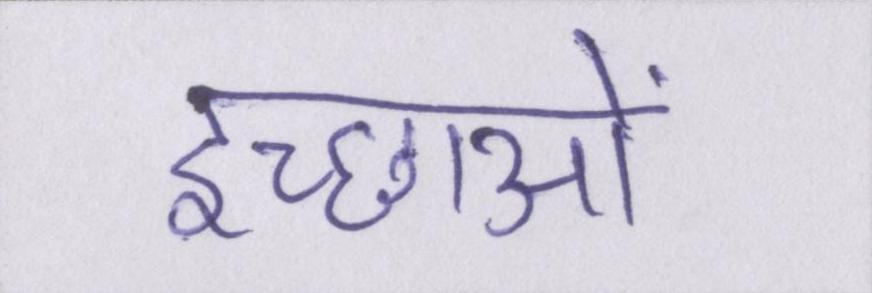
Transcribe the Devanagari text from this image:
इच्छाओं